system: You are a helpful assistant.
user:
Analyze the provided spectrum to determine if it is a **S-type Star**.

- **Key Indicators for S-type Star:**

    - **(Overall Spectrum Shape):** The first and most obvious characteristic is the overall continuum (the "baseline" shape). It is **extremely "red-sloping,"** meaning the flux (light intensity) is very low on the left side (blue, ~4000-4500 Å) and rises steeply and continuously toward the right side (red, ~7000 Å+).

    - **(Primary):** The spectrum is defined by the presence of strong, broad molecular absorption "valleys" (bands) from **Zirconium Oxide (ZrO)**. The identification of these bands is the **primary requirement** for classifying a star as S-type.
        - **(Key Bandheads):** You must find distinct, deep "dips" where the light has been absorbed. The most critical band systems to locate are:
            - **~6474 Å** ($\gamma$-system): This is often the strongest and clearest ZrO feature, found in the red part of the spectrum.
            - **~5718 Å** & **~5551 Å** ($\beta$-system): A pair of prominent absorption features in the yellow-orange part of the spectrum.
            - **~4640 Å** ($\alpha$-system): A key absorption band system in the blue-green region of the spectrum.

    - **(Secondary Confirmation):** The classification is strengthened by finding additional absorption bands from other related heavy element oxides, which are expected to be present alongside ZrO.
        - **(Key Bandheads):**
            - **Yttrium Oxide (YO):** Look for absorption dips near **~4800 Å** and **~6100 Å**.
            - **Lanthanum Oxide (LaO):** Additional absorption features, particularly in the red-orange part of the spectrum, are also characteristic.

    - **(Line Profile):** The combination of the steep red continuum and these numerous, deep molecular bands (ZrO, YO, etc.) gives the entire spectrum a very **"chopped-up"** or **"bumpy"** appearance. Instead of a smooth curve, the spectrum looks as though large, wide chunks of light have been "carved out" of it at the specific wavelengths listed above.

Think first, call **spectral_visualization_tool** if needed to examine features in detail, then provide your final answer. Your response must adhere to the following strict rules:
1.  **Overall Structure:** Your response must follow the format `<think>...</think> <tool_call>...</tool_call> (if a tool is used) <answer>...</answer>`.
2.  **Tool Usage Constraint:** You may only make **one** tool call per turn.
3.  **Final Answer Format:** In the `<answer>` tag, your conclusion must be inside a `\boxed{}` command (e.g., `\boxed{YES}` or `\boxed{NO}`), followed by your justification.

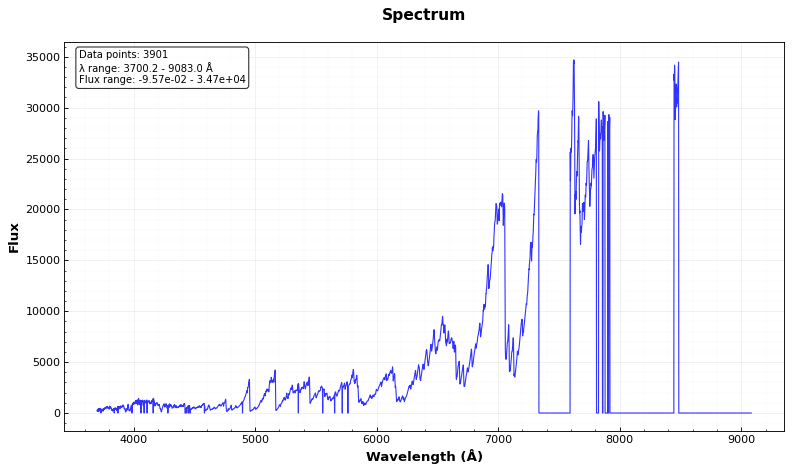
Answer: YES